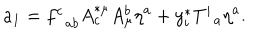
LaTeX: a _ { 1 } = f _ { \; \; a b } ^ { c } A _ { c } ^ { * \mu } A _ { \mu } ^ { b } \eta ^ { a } + y _ { i } ^ { * } T _ { \; \; a } ^ { i } \eta ^ { a } .